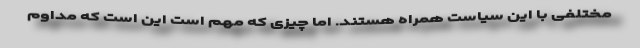
مختلفی با این سیاست همراه هستند. اما چیزی که مهم است این است که مداوم